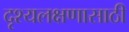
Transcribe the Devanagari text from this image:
दृश्यलक्षणासाठी